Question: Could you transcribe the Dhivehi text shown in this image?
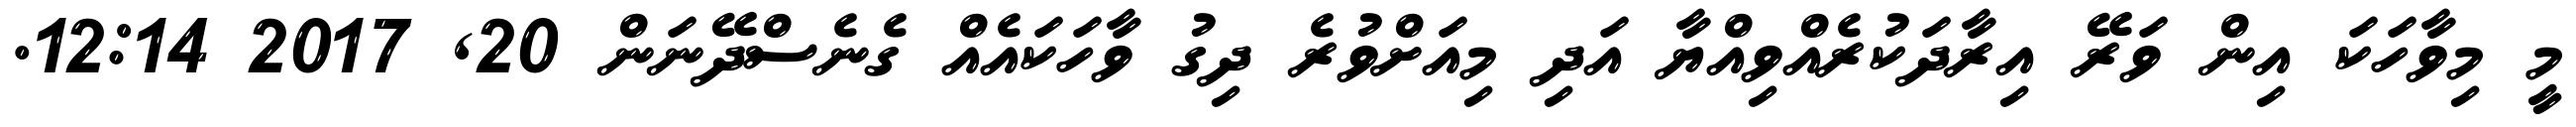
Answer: މީ މިވާހަކަ އިން ވަރޭ އިރާދަކުރެއްވިއްޔާ އަދި މިއަށްވުރެ ދިގު ވާހަކައެއް ގެނެސްދޭނަން 20, 2017 12:14.